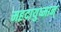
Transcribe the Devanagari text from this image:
महदायुष्मान्